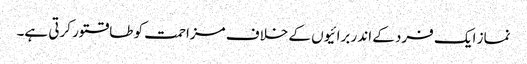
نماز ایک فرد کے اندر برائیوں کے خلاف مزاحمت کو طاقتور کرتی ہے۔